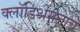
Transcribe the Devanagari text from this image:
क्लॉडिअसलाच